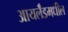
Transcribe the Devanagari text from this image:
आयर्लॅडमधील